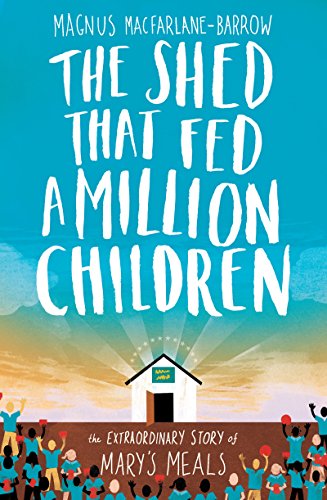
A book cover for The Shed That Fed a Million Children; Magnus MacFarlane-Barrow; Politics & Social Sciences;